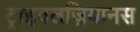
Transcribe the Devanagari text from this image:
ट्राइवलज़ियानस